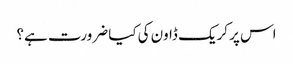
اس پر کریک ڈاون کی کیا ضرورت ہے؟